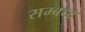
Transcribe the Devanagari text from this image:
सम्बध्द